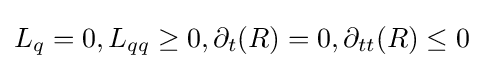
L_{q}=0,L_{qq}\geq 0,\partial _{t}(R)=0,\partial _{tt}(R)\leq 0